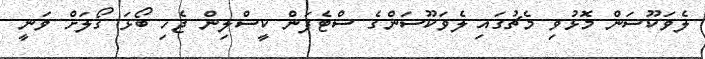
ލެވަކޫސަން މޮޅުވި މެޗުގައި ލެވަކޫސަންގެ ސްޓެފަން ކީސްލިން ޖެހި ބޯޅަ ގޯލަށް ވަނީ